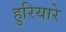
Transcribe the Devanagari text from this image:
हुरियारे